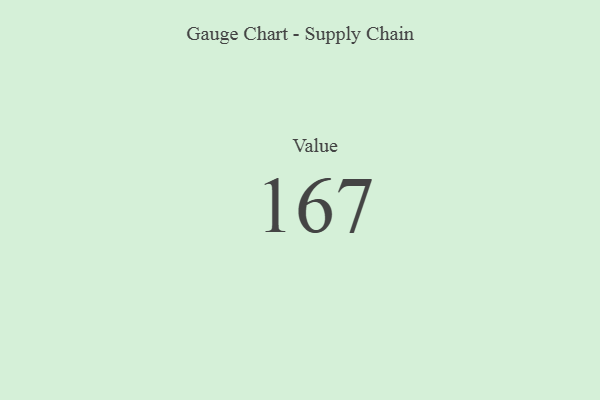
{"axis": {"x": "Metric", "y": "Value"}, "legend": [""], "data": [{"x": "Value", "y": 167, "type": ""}]}